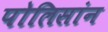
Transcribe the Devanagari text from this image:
पोलिसांन